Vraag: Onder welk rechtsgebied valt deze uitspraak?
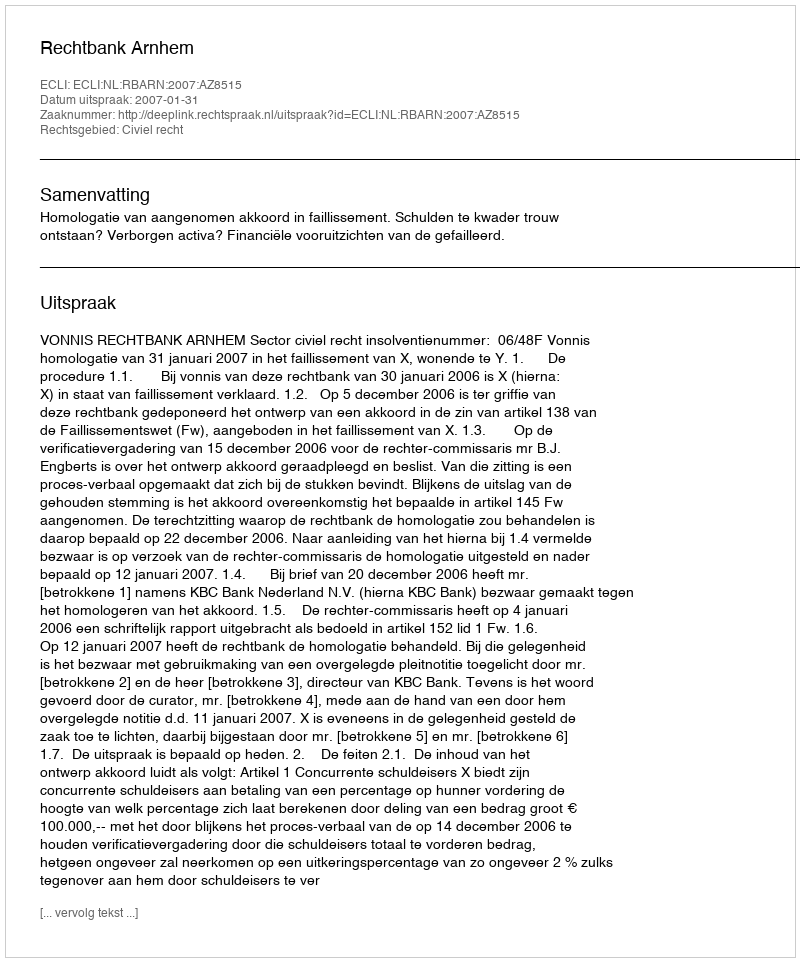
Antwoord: Civiel recht